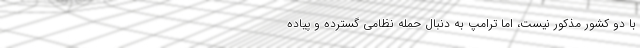
با دو کشور مذکور نیست، اما ترامپ به دنبال حمله نظامی گسترده و پیاده